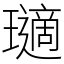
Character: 瓋